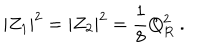
| Z _ { 1 } | ^ { 2 } = | Z _ { 2 } | ^ { 2 } = { \frac { 1 } { 8 } } Q _ { R } ^ { 2 } \ .